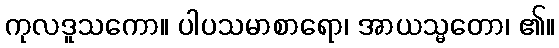
ကုလဒူသကော။ ပါပသမာစာရော၊ အာယသ္မတော၊ ၏။